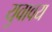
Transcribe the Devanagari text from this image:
युवावय